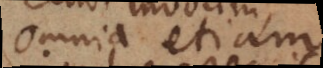
omnia etiam